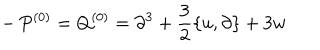
LaTeX: - \, P ^ { ( 0 ) } = Q ^ { ( 0 ) } = \partial ^ { 3 } + \frac { 3 } { 2 } \{ u , \partial \} + 3 w